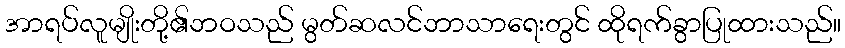
အာရပ်လူမျိုးတို့၏ဘဝသည် မွတ်ဆလင်ဘာသာရေးတွင် ထိုရက်ခွာပြုထားသည်။